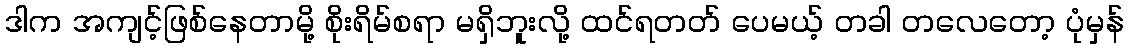
ဒါက အကျင့်ဖြစ်နေတာမို့ စိုးရိမ်စရာ မရှိဘူးလို့ ထင်ရတတ် ပေမယ့် တခါ တလေတော့ ပုံမှန်